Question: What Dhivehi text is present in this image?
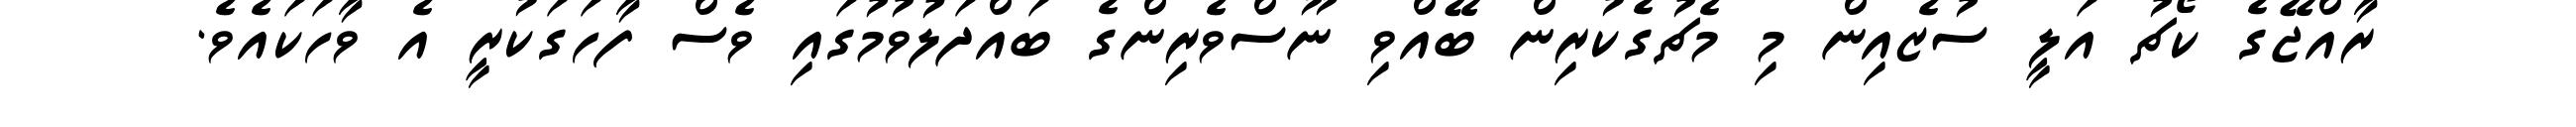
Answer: ރާއްޖޭގެ ކޯޗު އަލީ ސުޒެއިން މި މެޗުގެކުރިން ބޭއްވި ނޫސްވެރިންގެ ބައްދަލުވުމުގައި ވެސް ފާހަގަކުރީ އެ ވާހަކައެވެ.